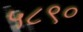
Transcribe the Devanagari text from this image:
५८९०